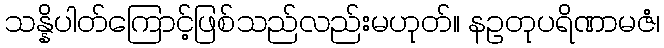
သန္နိပါတ်ကြောင့်ဖြစ်သည်လည်းမဟုတ်။ နဥတုပရိဏာမဇံ၊